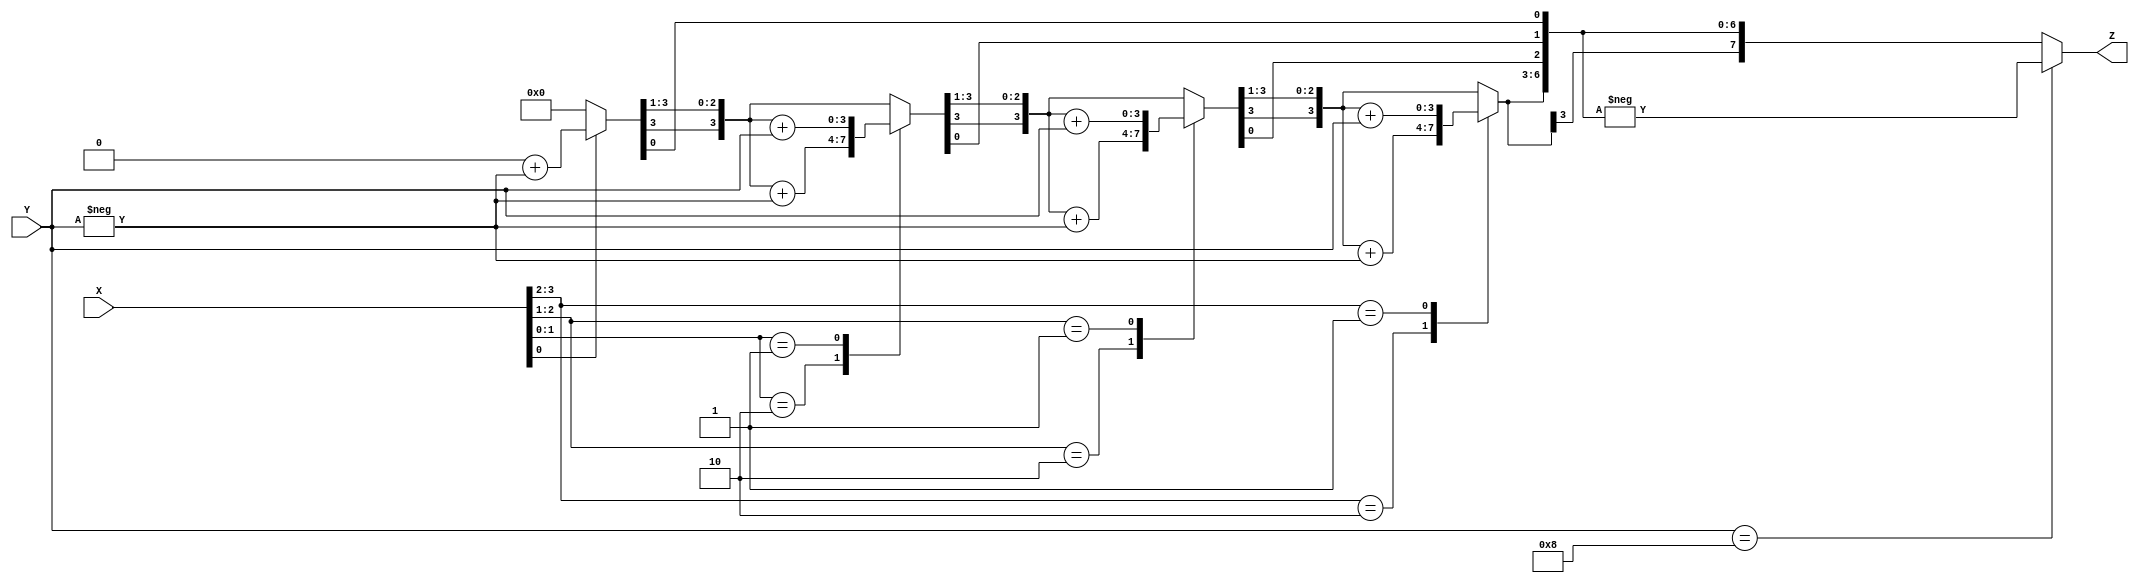
`timescale 1ns / 1ps
//////////////////////////////////////////////////////////////////////////////////
// Company: 
// Engineer: 
// 
// Design Name: 
// Module Name:    bm4 
// Project Name: 
// Target Devices: 
// Tool versions: 
// Description: 
//
// Dependencies: 
//
// Revision: 
// Revision 0.01 - File Created
// Additional Comments: 
//
//////////////////////////////////////////////////////////////////////////////////
module bm4(X, Y, Z);
      input signed [3:0] X, Y;
       output signed [7:0] Z;
       reg signed [7:0] Z;
       reg [1:0] temp;
       integer i;
       reg E1;
       reg [3:0] Y1;
       always @ (X, Y)
       begin
       Z = 8'd0;
       E1 = 1'd0;
       for (i = 0; i < 4; i = i + 1)
       begin
       temp = {X[i], E1};
		 Y1 = - Y;
  case (temp)
       2'd2 : Z [7 : 4] = Z [7 : 4] + Y1;
       2'd1 : Z [7 : 4] = Z [7 : 4] + Y;
       default : begin end
       endcase
       Z = Z >> 1;
       
       Z[7] = Z[6];
       
      
       E1 = X[i];
           end
       if (Y == 4'd8)
      
      
           begin
               Z = - Z;
           end
      
       end
      
     
endmodule